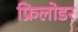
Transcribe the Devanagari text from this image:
फ्रिलोडर